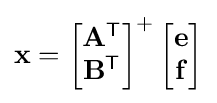
\mathbf {x} ={\begin{bmatrix}\mathbf {A} ^{\textsf {T}}\\\mathbf {B} ^{\textsf {T}}\end{bmatrix}}^{+}\,{\begin{bmatrix}\mathbf {e} \\\mathbf {f} \end{bmatrix}}